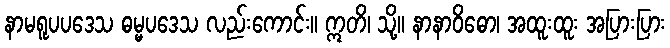
နာမရူပပဒေသ ဓမ္မပဒေသ လည်းကောင်း။ ဣတိ၊ သို့။ နာနာဝိဓော၊ အထူးထူး အပြားပြား